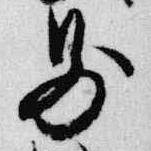
則